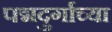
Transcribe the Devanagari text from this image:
पद्मदुर्गाच्या